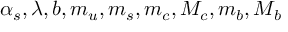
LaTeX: \alpha _ { s } , \lambda , b , m _ { u } , m _ { s } , m _ { c } , M _ { c } , m _ { b } , M _ { b }